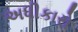
અધીકારો